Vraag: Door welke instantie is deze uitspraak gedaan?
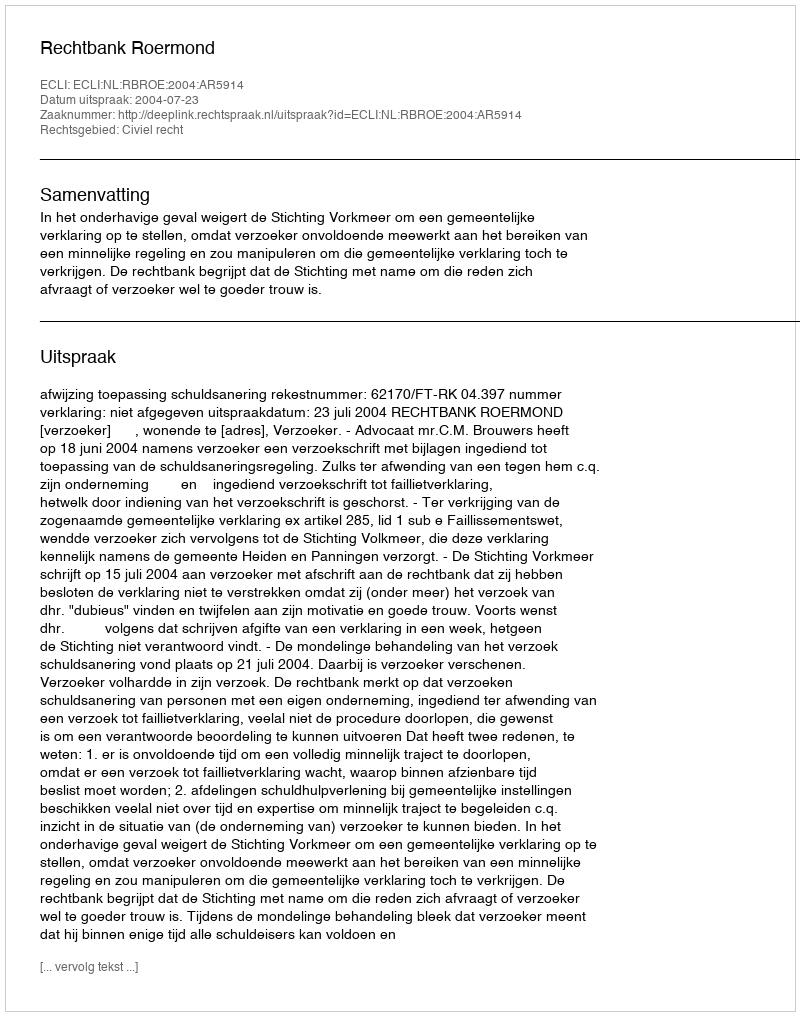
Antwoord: Rechtbank Roermond